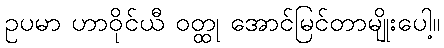
ဥပမာ ဟာဝိုင်ယီ ဝတ္ထု အောင်မြင်တာမျိုးပေါ့။